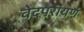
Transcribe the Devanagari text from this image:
वेदपरायण